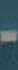
-